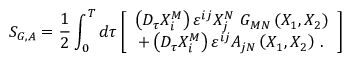
S _ { G , A } = \frac 1 2 \int _ { 0 } ^ { T } d \tau \left[ \begin{array} { c } { { \left( D _ { \tau } X _ { i } ^ { M } \right) \varepsilon ^ { i j } X _ { j } ^ { N } \, \, G _ { M N } \left( X _ { 1 } , X _ { 2 } \right) } } \\ { { + \left( D _ { \tau } X _ { i } ^ { M } \right) \varepsilon ^ { i j } A _ { j N } \left( X _ { 1 } , X _ { 2 } \right) \, . \, } } \end{array} \right]